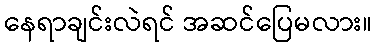
နေရာချင်းလဲရင် အဆင်ပြေမလား။